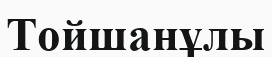
Тойшанұлы